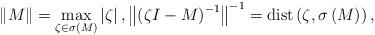
LaTeX: \begin{align*}\left\Vert M\right\Vert =\max_{\zeta\in\sigma\left( M\right) }\left\vert\zeta\right\vert ,\left\Vert \left( \zeta I-M\right)^{-1}\right\Vert ^{-1}=\operatorname{dist}\left( \zeta,\sigma\left(M\right) \right) , \end{align*}